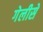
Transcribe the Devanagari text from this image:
गेलीसे